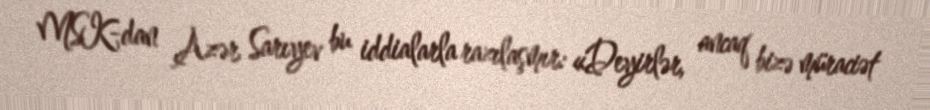
MSK-dan Azər Sarıyev bu iddialarla razılaşmır: «Deyirlər, ancaq bizə müraciət